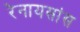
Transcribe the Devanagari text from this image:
रेनायसांस